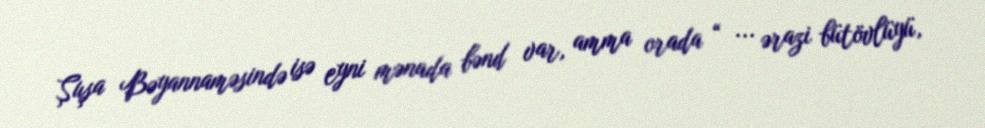
Şuşa Bəyannaməsində isə eyni mənada bənd var, amma orada “ ... ərazi bütövlüyü,